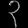
Digit: ၃